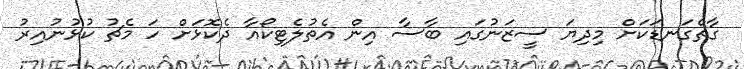
ގާތްގަނޑަކަށް މިދިޔަ ސީޒަނުގައި ބާސާ އިން އެތުލެޓިކޯއާ ދެކޮޅަށް ހަ މެޗު ކުޅުނުއިރު